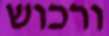
ורכוש